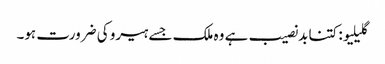
گلیلیو: کتنا بدنصیب ہے وہ ملک جسے ہیرو کی ضرورت ہو۔